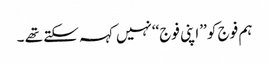
ہم فوج کو ’’اپنی فوج‘‘نہیں کہہ سکتے تھے ۔